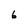
Character: 6